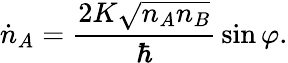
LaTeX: {\dot{n}}_{A}={\frac{2K{\sqrt{n_{A}n_{B}}}}{\hbar}}\sin\varphi.